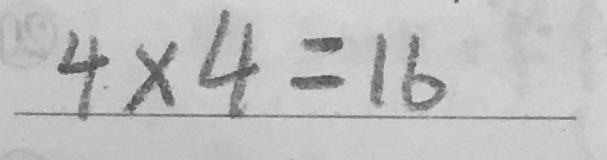
4 \times 4 = 1 6